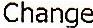
CHANGE